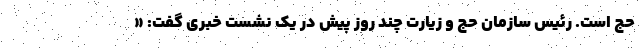
حج است. رئیس سازمان حج و زیارت چند روز پیش در یک نشست خبری گفت: «